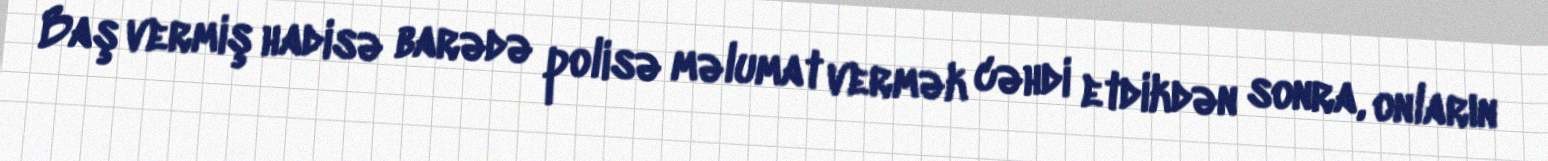
Baş vermiş hadisə barədə polisə məlumat vermək cəhdi etdikdən sonra, onların